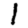
Digit: 1